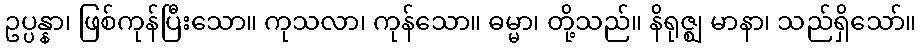
ဥပ္ပန္နာ၊ ဖြစ်ကုန်ပြီးသော။ ကုသလာ၊ ကုန်သော။ ဓမ္မာ၊ တို့သည်။ နိရုဇ္ဈ မာနာ၊ သည်ရှိသော်။